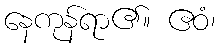
နေကုန်ရာ၏။ ဧဝံ၊